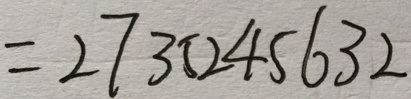
= 2 7 3 5 2 4 5 6 3 2